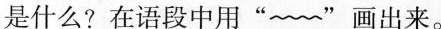
是什么?在语段中用”﹏”画出来。